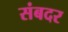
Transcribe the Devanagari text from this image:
संबदर